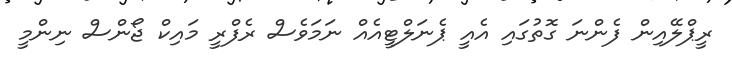
ރީޕްލޭއިން ފެންނަ ގޮތުގައި އެއީ ޕެނަލްޓީއެއް ނަމަވެސް ރެފްރީ މައިކް ޖޯންސް ނިންމީ